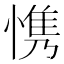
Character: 𮲋